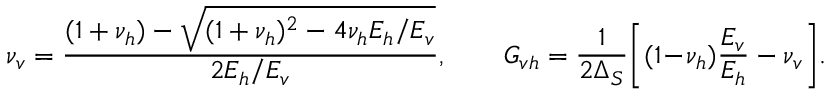
\nu _ { v } = \frac { ( 1 + \nu _ { h } ) - \sqrt { ( 1 + \nu _ { h } ) ^ { 2 } - 4 \nu _ { h } E _ { h } / E _ { v } } } { 2 E _ { h } / E _ { v } } , \qquad G _ { v h } = \frac { 1 } { 2 \Delta _ { S } } \biggl [ ( 1 \! - \! \nu _ { h } ) \frac { E _ { v } } { E _ { h } } - \nu _ { v } \biggr ] .